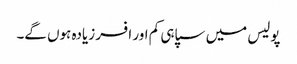
پولیس میں سپاہی کم اور افسر زیادہ ہوں گے۔